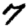
Digit: 7